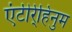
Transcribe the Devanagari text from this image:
एंटीर्र्हिनुम